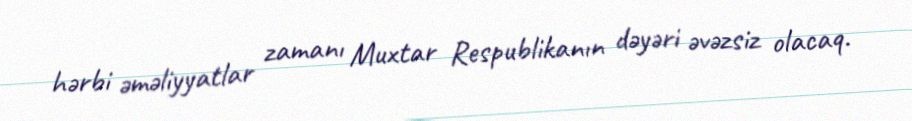
hərbi əməliyyatlar zamanı Muxtar Respublikanın dəyəri əvəzsiz olacaq.